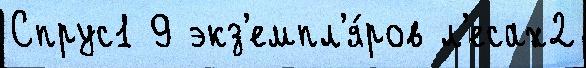
Спрус1 9 экз'емпл'я́ров л'есах2